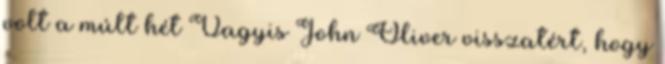
volt a múlt hét Vagyis John Oliver visszatért, hogy